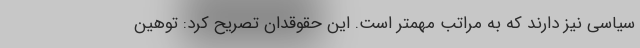
سیاسی نیز دارند که به مراتب مهمتر است. این حقوقدان تصریح کرد: توهین